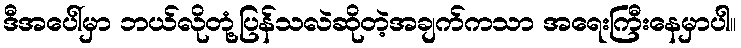
ဒီအပေါ်မှာ ဘယ်လိုတုံ့ပြန်သလဲဆိုတဲ့အချက်ကသာ အရေးကြီးနေမှာပါ။